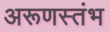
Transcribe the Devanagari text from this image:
अरूणस्तंभ